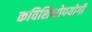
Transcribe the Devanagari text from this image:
कविशिक्षोपयोगी